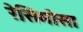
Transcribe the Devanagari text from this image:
रेसिमोसा